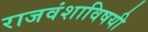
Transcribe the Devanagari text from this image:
राजवंशाविषयी